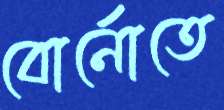
বোর্নোতে